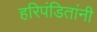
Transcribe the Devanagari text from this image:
हरिपंडितांनी